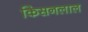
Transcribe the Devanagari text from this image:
किसनलाल